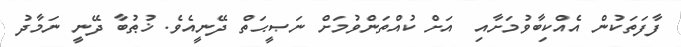
ފާފަތަކުން އެއްކިބާވުމަށާއި  އަށް ކުއްތަންވުމަށް ނަޞީޙަތް ދޭނީއެވެ. ޚުޠުބާ ދޭނީ ނަމާދު